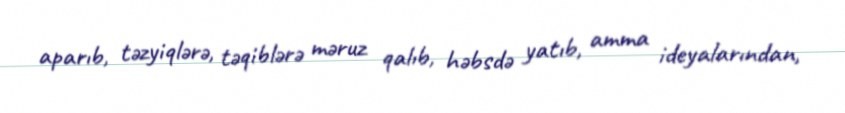
aparıb, təzyiqlərə, təqiblərə məruz qalıb, həbsdə yatıb, amma ideyalarından,